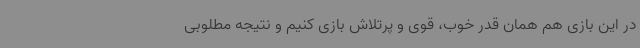
در این بازی هم همان قدر خوب، قوی و پرتلاش بازی کنیم و نتیجه مطلوبی